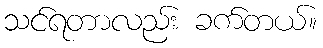
သင်ရတာလည်း ခက်တယ်။